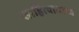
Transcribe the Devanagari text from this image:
साहित्यातउच्च